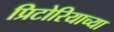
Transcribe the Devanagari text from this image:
प्रिटोरियाच्या